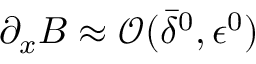
\partial _ { x } B \approx { \mathcal O } ( \bar { \delta } ^ { 0 } , { \epsilon } ^ { 0 } )